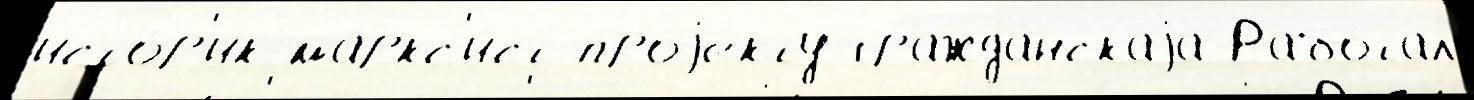
исто́р'ик-маркс'и́ст проjе́кту гражда́нскаjа Рабо́тал